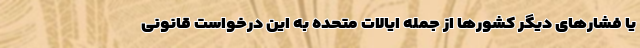
یا فشارهای دیگر کشورها از جمله ایالات متحده به این درخواست قانونی